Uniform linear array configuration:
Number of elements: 4
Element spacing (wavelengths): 0.75
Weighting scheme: blackman
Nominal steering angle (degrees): -30
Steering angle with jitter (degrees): -28.248
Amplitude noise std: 0.05
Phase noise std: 0.05

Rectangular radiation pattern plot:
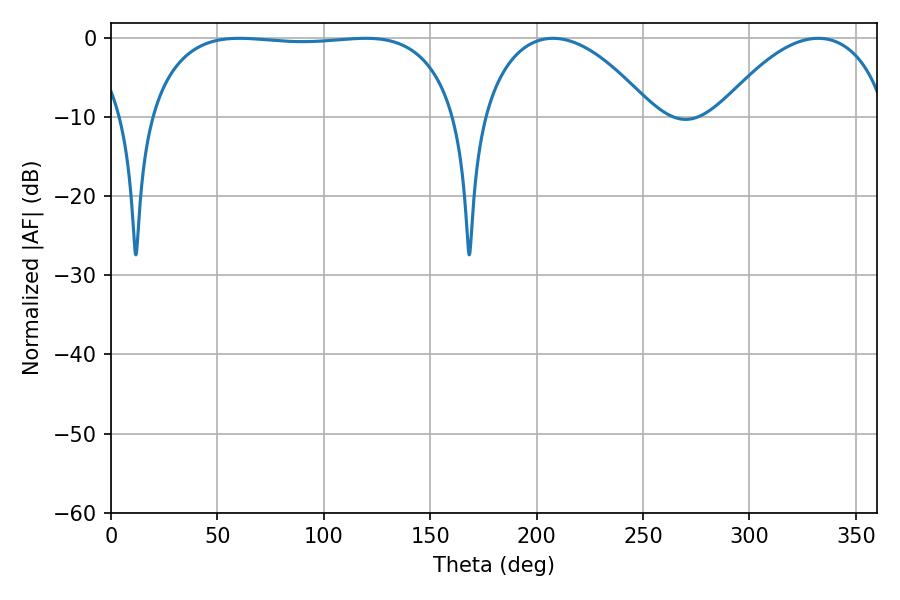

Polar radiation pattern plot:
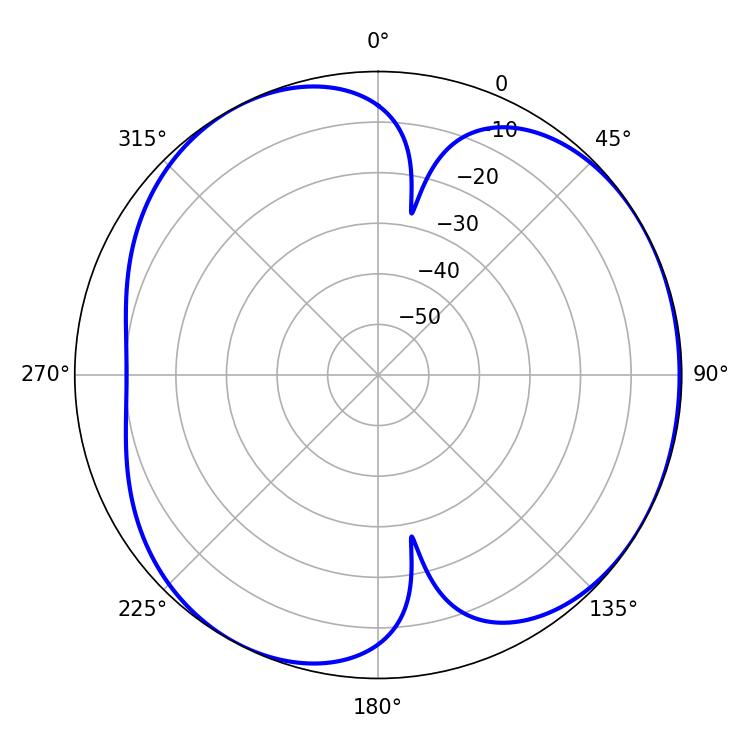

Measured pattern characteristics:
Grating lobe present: TRUE
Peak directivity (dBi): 4.439
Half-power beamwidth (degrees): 115.2
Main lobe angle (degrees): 60.3